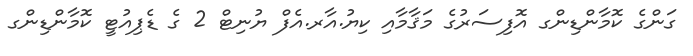
ގަންގެ ކޮމާންޑިންގ އޮފިސަރުގެ މަޤާމާއި ކިޔު.އާރ.އެފް ޔުނިޓް 2 ގެ ޑެޕިއުޓީ ކޮމާންޑިންގ